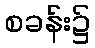
စခန်း၌